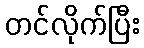
တင်လိုက်ပြီး